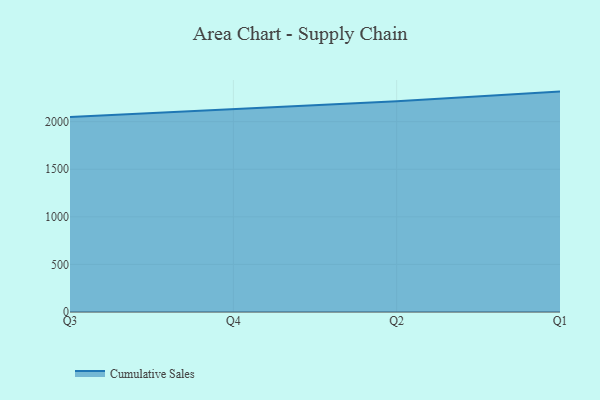
{"axis": {"x": "Quarter", "y": "Net Income (USD K)"}, "legend": ["Cumulative Sales"], "data": [{"x": "Q3", "y": 2050.2, "type": "Cumulative Sales"}, {"x": "Q4", "y": 2135.6, "type": "Cumulative Sales"}, {"x": "Q2", "y": 2214.2, "type": "Cumulative Sales"}, {"x": "Q1", "y": 2316.0, "type": "Cumulative Sales"}]}